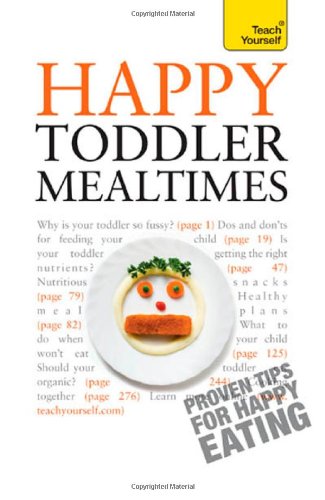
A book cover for Happy Toddler Mealtimes (Teach Yourself); Judy More; Cookbooks, Food & Wine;